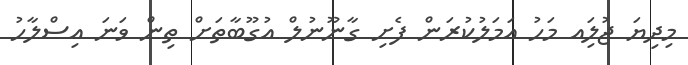
މިދިޔަ ޖުލަިއ މަހު އަމަލުކުރަން ފެށި ގާނޫނުލް އުގޫބާތަށް ތިން ވަނަ އިސްލާހު